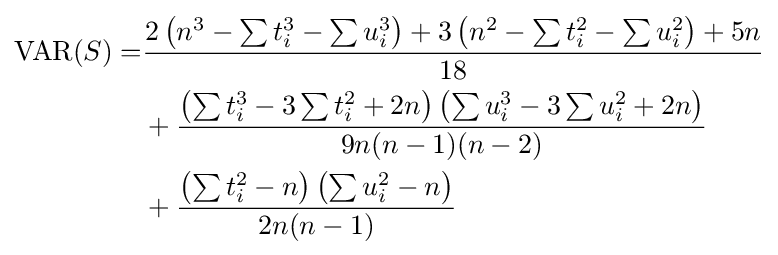
{\begin{aligned}\operatorname {VAR} (S)=&{\frac {2\left(n^{3}-\sum t_{i}^{3}-\sum u_{i}^{3}\right)+3\left(n^{2}-\sum t_{i}^{2}-\sum u_{i}^{2}\right)+5n}{18}}\\&{}+{\frac {\left(\sum t_{i}^{3}-3\sum t_{i}^{2}+2n\right)\left(\sum u_{i}^{3}-3\sum u_{i}^{2}+2n\right)}{9n(n-1)(n-2)}}\\&{}+{\frac {\left(\sum t_{i}^{2}-n\right)\left(\sum u_{i}^{2}-n\right)}{2n(n-1)}}\end{aligned}}